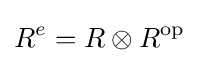
R^{e}=R\otimes R^{\operatorname {op} }